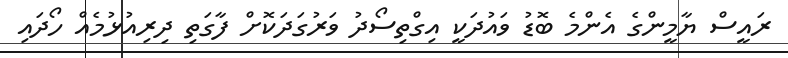
ރައީސް ޔާމީންގެ އެންމެ ބޮޑު ވައުދަކީ އިގްތިސޯދު ވަރުގަދަކޮށް ފާގަތި ދިރިއުޅުމެއް ހޯދައި